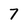
Character: 7